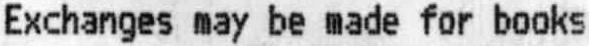
EXCHANGES MAY BE MADE FOR BOOKS